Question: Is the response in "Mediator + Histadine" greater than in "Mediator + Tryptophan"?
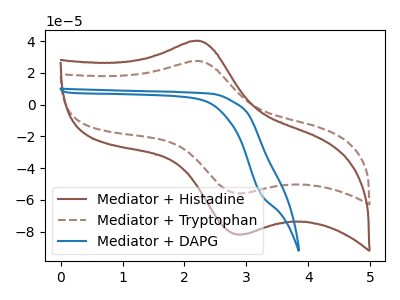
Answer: <think>The brown curve "Mediator + Histadine" has an anodic peak at (2.20V, 40.10uA) and a cathodic peak at (2.95V, -81.60uA). The brown dashed curve "Mediator + Tryptophan" has an anodic peak at (2.20V, 27.40uA) and a cathodic peak at (2.95V, -55.75uA). The blue curve "Mediator + DAPG" has no peaks.
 All the peaks in "Mediator + Histadine" have a peak in "Mediator + Tryptophan" at the same potential. Every peak in "Mediator + Histadine" is higher than every peak in "Mediator + Tryptophan".</think>
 <answer>"Mediator + Histadine" has more signal than "Mediator + Tryptophan".</answer>
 <eval>more_signal</eval>